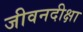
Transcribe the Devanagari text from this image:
जीवनदीक्षा